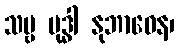
သဗ္ဗ ဗုဒ္ဓါ နုဘာဝေန၊